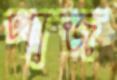
পাজ